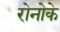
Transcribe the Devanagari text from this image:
रोनोके